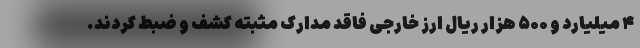
۴ میلیارد و ۵۰۰ هزار ریال ارز خارجی فاقد مدارک مثبته کشف و ضبط کردند.